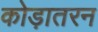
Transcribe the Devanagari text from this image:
कोड़ातरन